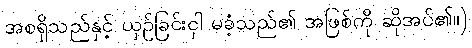
အစရှိသည်နှင့် ယှဉ်ခြင်းငှါ မခံ့သည်၏ အဖြစ်ကို ဆိုအပ်၏။)